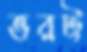
ভরট্ট